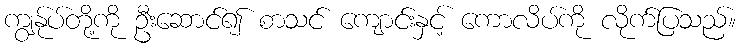
ကျွန်ုပ်တို့ကို ဦးဆောင်၍ စာသင် ကျောင်းနှင့် ကောလိပ်ကို လိုက်ပြသည်။